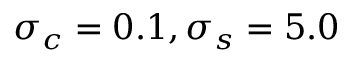
\sigma _ { c } = 0 . 1 , \sigma _ { s } = 5 . 0